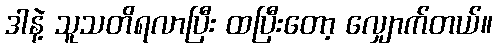
ဒါနဲ့ သူသတိရလာပြီး ထပြီးတော့ လျှောက်တယ်။